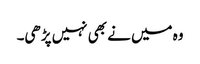
وہ میں نے بھی نہیں پڑھی۔